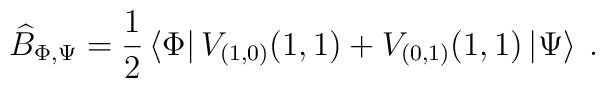
\widehat{B}_{\Phi ,\Psi }=\displaystyle\frac{1}{2}\left\langle \Phi \right| V_{(1,0)}(1,1)+V_{(0,1)}(1,1)\left| \Psi \right\rangle \: .